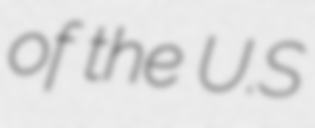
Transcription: of the U.S